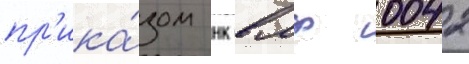
пр'ика́зом нк вмф 0042